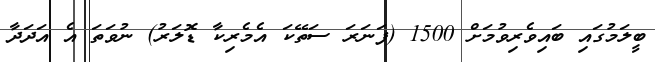
ބީލަމުގައި ބައިވެރިވުމަށް 1500 (ފަނަރަ ސަތޭކަ އެމެރިކާ ޑޮލަރު) ނުވަތަ އެ އަދަދާ